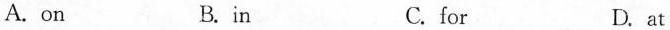
A. on B.in C. for D. at